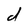
Character: d